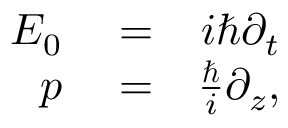
\begin{array} { r l r } { E _ { 0 } } & { { } = } & { i \hbar \partial _ { t } } \\ { p } & { { } = } & { \frac { \hbar } { i } \partial _ { z } , } \end{array}